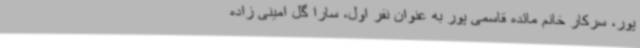
پور، سرکار خانم مائده قاسمی پور به عنوان نفر اول، سارا گل امینی زاده